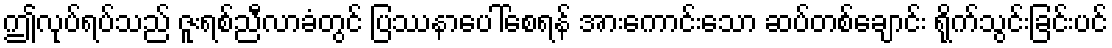
ဤလုပ်ရပ်သည် ဇူးရစ်ညီလာခံတွင် ပြဿနာပေါ်စေရန် အားကောင်းသော ဆပ်တစ်ချောင်း ရိုက်သွင်းခြင်းပင်